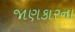
જાણકારના